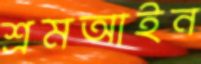
শ্রমআইন